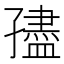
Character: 孻